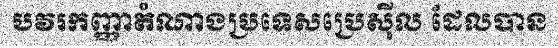
បវរកញ្ញាតំណាងប្រទេសប្រេស៊ីល ដែលបាន